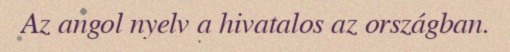
Az angol nyelv a hivatalos az országban.